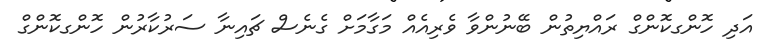
އަދި ހޮންގކޮންގް ރައްޔިތުން ބޭނުންވާ ވެރިއެއް މަގާމަށް ގެނެސް ޗައިނާ ސަރުކާރުން ހޮންގކޮންގް